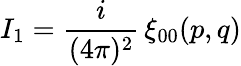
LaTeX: I_{1}={\frac{i}{(4\pi)^{2}}}\, \xi_{00}(p,q)